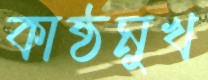
কাষ্ঠমুখ